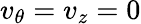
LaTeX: v_{\theta}=v_{z}=0